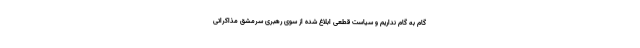
گام به گام نداریم و سیاست قطعی ابلاغ شده از سوی رهبری سرمشق مذاکراتی